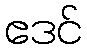
ဧဒင်